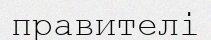
правителі